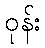
ဝုန်း